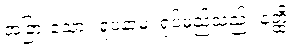
အခြားသော။ ရူပံနာမ၊ ရုပ်မည်သည်။ နတ္ထိ။